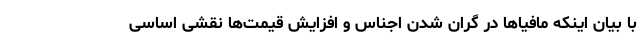
با بیان اینکه مافیاها در گران شدن اجناس و افزایش قیمت‌ها نقشی اساسی